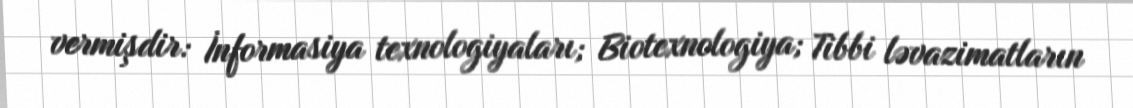
vermişdir: İnformasiya texnologiyaları; Biotexnologiya; Tibbi ləvazimatların